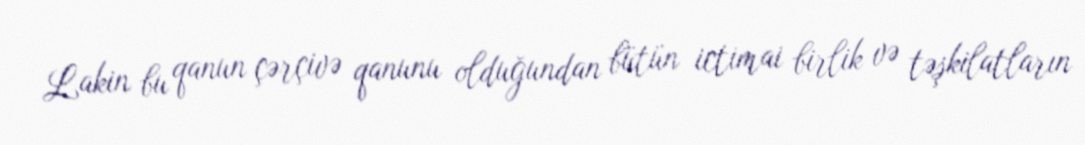
Lakin bu qanun çərçivə qanunu olduğundan bütün ictimai birlik və təşkilatların